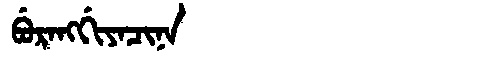
Manchu: ᠪᡠᡵᠠᠩᡤᡳᠶᠠᠴᡳᠨᠠ
Romanization: BURANGGIYACINA